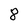
Character: 8